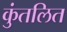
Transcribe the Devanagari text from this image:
कुंतलित